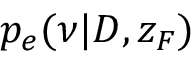
p _ { e } ( \nu | D , z _ { F } )